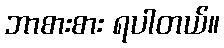
ဘာစားစား ရပါတယ်။